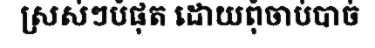
ស្រស់ៗបំផុត ដោយពុំចាប់បាច់